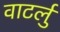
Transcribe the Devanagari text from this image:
वाटर्लु